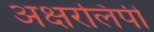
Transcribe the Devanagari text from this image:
अक्षरलिपी